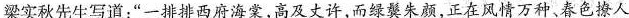
梁实秋先生写道：“一排西府海棠，高及丈许，而绿翼朱颜，正在风情万种、春色撩人